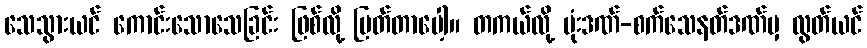
သေသွားယင် ကောင်းသောသေခြင်း ဖြစ်လို့ မြတ်တာပေါ့။ တကယ်လို့ ဗုံးဒဏ်-စက်သေနတ်ဒဏ်မှ လွတ်ယင်